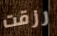
رزقت